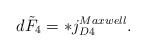
LaTeX: \begin{align*}d\tilde F_4 = *j_{D4}^{Maxwell}.\end{align*}